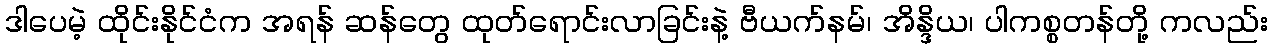
ဒါပေမဲ့ ထိုင်းနိုင်ငံက အရန် ဆန်တွေ ထုတ်ရောင်းလာခြင်းနဲ့ ဗီယက်နမ်၊ အိန္ဒိယ၊ ပါကစ္စတန်တို့ ကလည်း